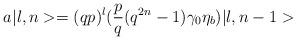
LaTeX: \begin{align*}a \vert l,n > = ( qp)^l( {p\over q} ( q^{2n} - 1 )\gamma _0 \eta _b ) \vert l, n-1>\end{align*}